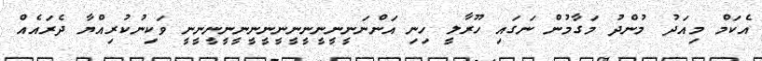
އެކަމް މިއަދު މުންދު މަގާމުން ނަގައި ހޫރާލީ ހިނި އަންނަނީނީނީނީނީނީނީނީނީނީނީނީނީ ވަކިނުކުރިއްޔާ ދެރައެއް